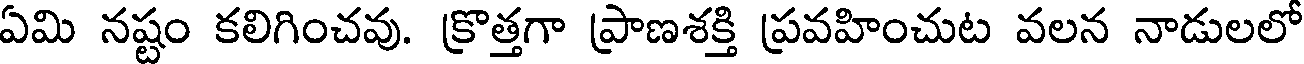
ఏమి నష్టం కలిగించవు. క్రొత్తగా ప్రాణశక్తి ప్రవహించుట వలన నాడులలో